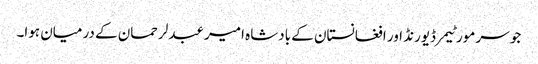
جو سر مورٹیمر ڈیورنڈ اور افغانستان کے بادشاہ امیر عبدلرحمان کے درمیان ہوا۔